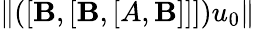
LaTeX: \| ([\mathbf{B},[\mathbf{B},[A,\mathbf{B}]]])u_{0}\|